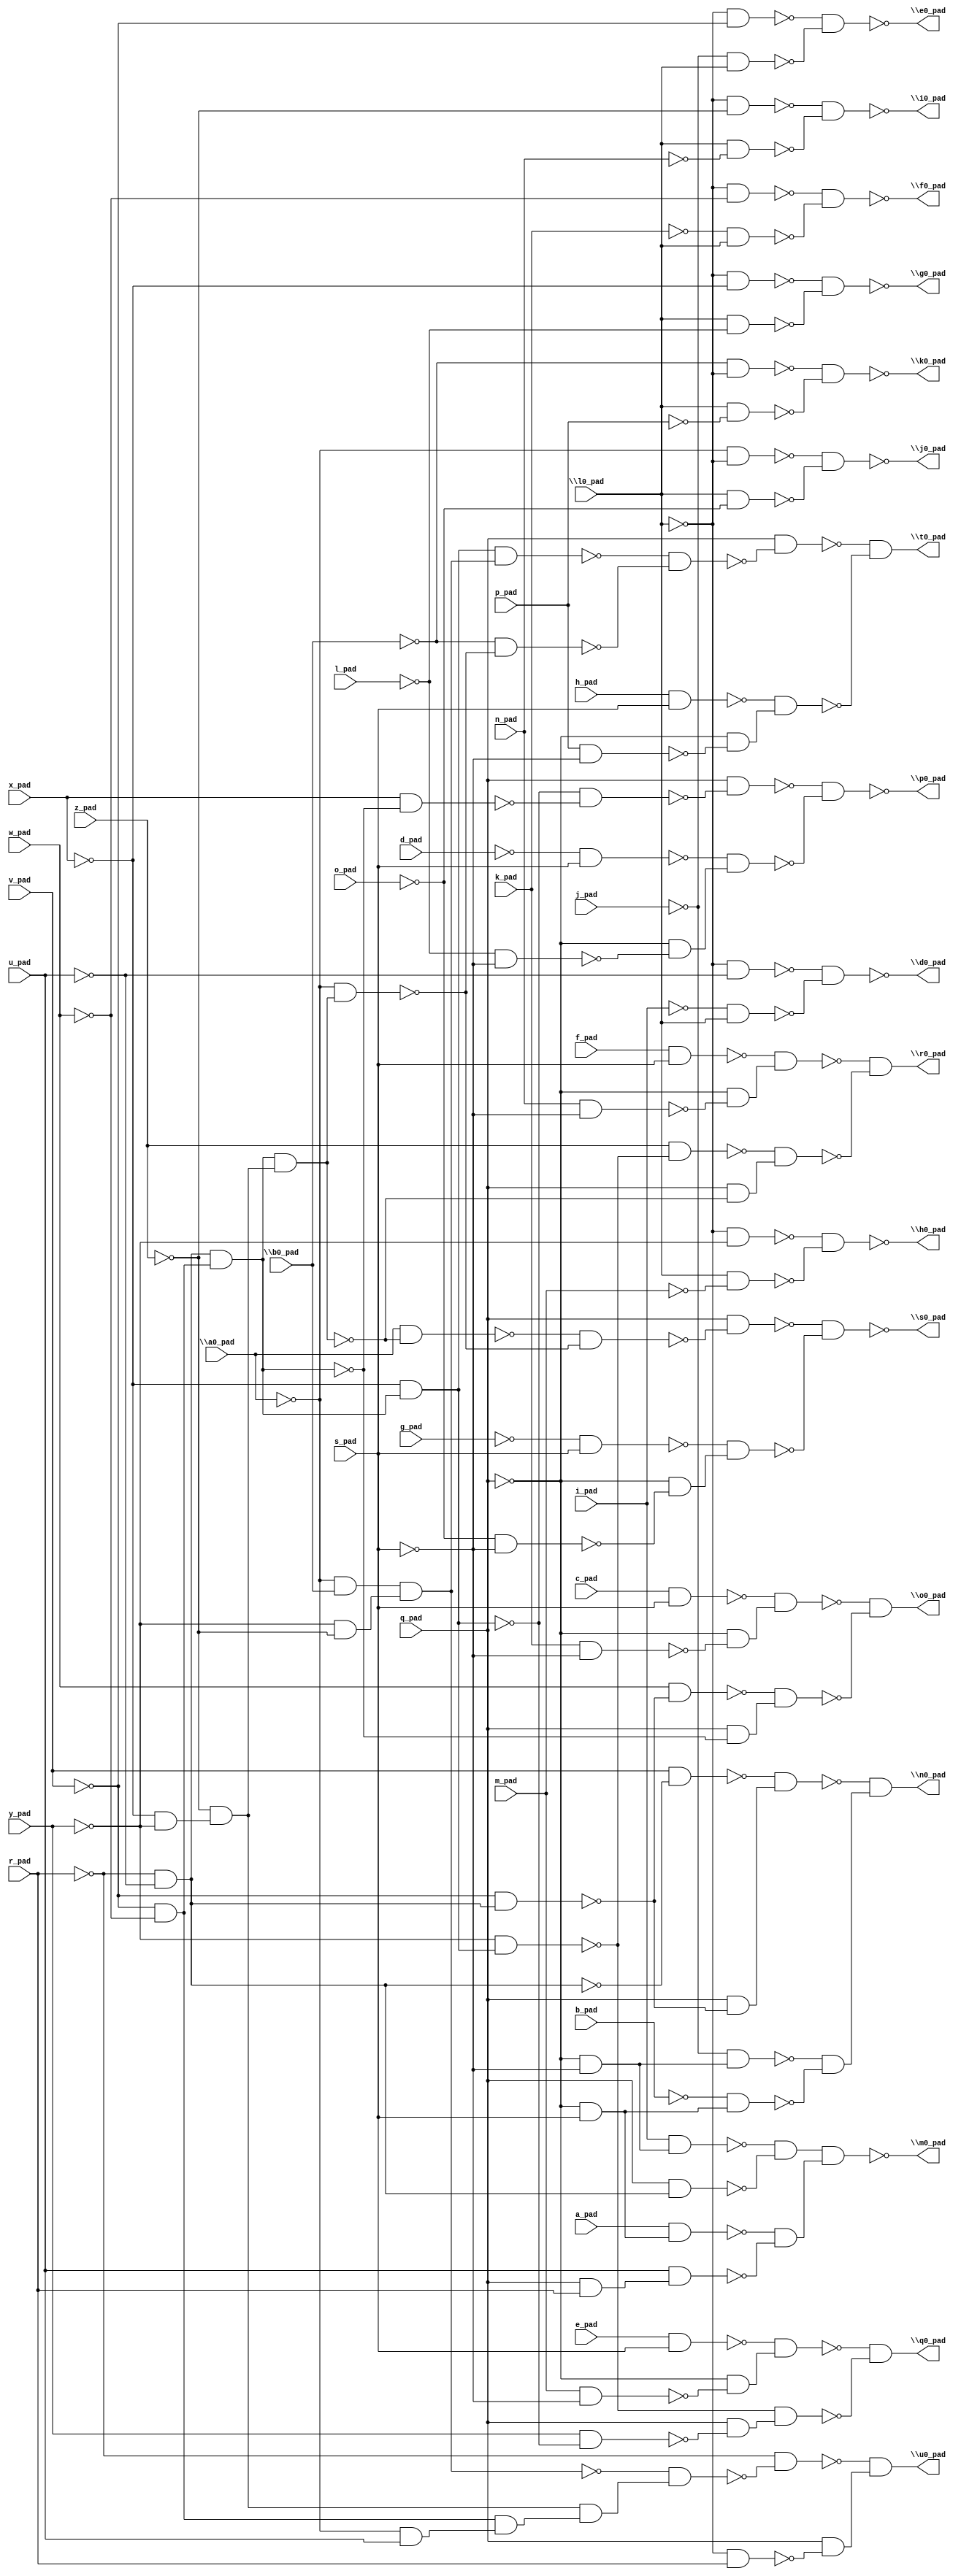
module top( \a0_pad  , a_pad , \b0_pad  , b_pad , c_pad , d_pad , e_pad , f_pad , g_pad , h_pad , i_pad , j_pad , k_pad , \l0_pad  , l_pad , m_pad , n_pad , o_pad , p_pad , q_pad , r_pad , s_pad , u_pad , v_pad , w_pad , x_pad , y_pad , z_pad , \d0_pad  , \e0_pad  , \f0_pad  , \g0_pad  , \h0_pad  , \i0_pad  , \j0_pad  , \k0_pad  , \m0_pad  , \n0_pad  , \o0_pad  , \p0_pad  , \q0_pad  , \r0_pad  , \s0_pad  , \t0_pad  , \u0_pad  );
  input \a0_pad  ;
  input a_pad ;
  input \b0_pad  ;
  input b_pad ;
  input c_pad ;
  input d_pad ;
  input e_pad ;
  input f_pad ;
  input g_pad ;
  input h_pad ;
  input i_pad ;
  input j_pad ;
  input k_pad ;
  input \l0_pad  ;
  input l_pad ;
  input m_pad ;
  input n_pad ;
  input o_pad ;
  input p_pad ;
  input q_pad ;
  input r_pad ;
  input s_pad ;
  input u_pad ;
  input v_pad ;
  input w_pad ;
  input x_pad ;
  input y_pad ;
  input z_pad ;
  output \d0_pad  ;
  output \e0_pad  ;
  output \f0_pad  ;
  output \g0_pad  ;
  output \h0_pad  ;
  output \i0_pad  ;
  output \j0_pad  ;
  output \k0_pad  ;
  output \m0_pad  ;
  output \n0_pad  ;
  output \o0_pad  ;
  output \p0_pad  ;
  output \q0_pad  ;
  output \r0_pad  ;
  output \s0_pad  ;
  output \t0_pad  ;
  output \u0_pad  ;
  wire n29 , n30 , n31 , n32 , n33 , n34 , n35 , n36 , n37 , n38 , n39 , n40 , n41 , n42 , n43 , n44 , n45 , n46 , n47 , n48 , n49 , n50 , n51 , n52 , n53 , n54 , n55 , n56 , n57 , n58 , n59 , n60 , n61 , n62 , n63 , n64 , n65 , n66 , n67 , n68 , n69 , n70 , n71 , n72 , n73 , n74 , n75 , n76 , n77 , n78 , n79 , n80 , n81 , n82 , n83 , n84 , n85 , n86 , n87 , n88 , n89 , n90 , n91 , n92 , n93 , n94 , n95 , n96 , n97 , n98 , n99 , n100 , n101 , n102 , n103 , n104 , n105 , n106 , n107 , n108 , n109 , n110 , n111 , n112 , n113 , n114 , n115 , n116 , n117 , n118 , n119 , n120 , n121 , n122 , n123 , n124 , n125 , n126 , n127 , n128 , n129 , n130 , n131 , n132 , n133 , n134 , n135 , n136 , n137 , n138 , n139 ;
  assign n29 = ~\l0_pad  & ~u_pad ;
  assign n30 = ~i_pad & \l0_pad  ;
  assign n31 = ~n29 & ~n30 ;
  assign n32 = ~\l0_pad  & ~v_pad ;
  assign n33 = ~j_pad & \l0_pad  ;
  assign n34 = ~n32 & ~n33 ;
  assign n35 = ~\l0_pad  & ~w_pad ;
  assign n36 = ~k_pad & \l0_pad  ;
  assign n37 = ~n35 & ~n36 ;
  assign n38 = ~\l0_pad  & ~x_pad ;
  assign n39 = \l0_pad  & ~l_pad ;
  assign n40 = ~n38 & ~n39 ;
  assign n41 = ~\l0_pad  & ~y_pad ;
  assign n42 = \l0_pad  & ~m_pad ;
  assign n43 = ~n41 & ~n42 ;
  assign n44 = ~\l0_pad  & ~z_pad ;
  assign n45 = \l0_pad  & ~n_pad ;
  assign n46 = ~n44 & ~n45 ;
  assign n47 = ~\a0_pad  & ~\l0_pad  ;
  assign n48 = \l0_pad  & ~o_pad ;
  assign n49 = ~n47 & ~n48 ;
  assign n50 = ~\b0_pad  & ~\l0_pad  ;
  assign n51 = \l0_pad  & ~p_pad ;
  assign n52 = ~n50 & ~n51 ;
  assign n53 = ~q_pad & ~s_pad ;
  assign n54 = i_pad & n53 ;
  assign n55 = ~r_pad & ~u_pad ;
  assign n56 = q_pad & n55 ;
  assign n61 = ~n54 & ~n56 ;
  assign n57 = ~q_pad & s_pad ;
  assign n58 = a_pad & n57 ;
  assign n59 = q_pad & r_pad ;
  assign n60 = u_pad & n59 ;
  assign n62 = ~n58 & ~n60 ;
  assign n63 = n61 & n62 ;
  assign n67 = v_pad & ~n55 ;
  assign n66 = ~v_pad & n55 ;
  assign n68 = q_pad & ~n66 ;
  assign n69 = ~n67 & n68 ;
  assign n64 = ~j_pad & n53 ;
  assign n65 = ~b_pad & n57 ;
  assign n70 = ~n64 & ~n65 ;
  assign n71 = ~n69 & n70 ;
  assign n73 = c_pad & s_pad ;
  assign n72 = k_pad & ~s_pad ;
  assign n74 = ~q_pad & ~n72 ;
  assign n75 = ~n73 & n74 ;
  assign n76 = w_pad & ~n66 ;
  assign n77 = ~v_pad & ~w_pad ;
  assign n78 = n55 & n77 ;
  assign n79 = q_pad & ~n78 ;
  assign n80 = ~n76 & n79 ;
  assign n81 = ~n75 & ~n80 ;
  assign n82 = ~x_pad & n78 ;
  assign n83 = x_pad & ~n78 ;
  assign n84 = ~n82 & ~n83 ;
  assign n85 = q_pad & ~n84 ;
  assign n87 = ~d_pad & s_pad ;
  assign n86 = ~l_pad & ~s_pad ;
  assign n88 = ~q_pad & ~n86 ;
  assign n89 = ~n87 & n88 ;
  assign n90 = ~n85 & ~n89 ;
  assign n92 = e_pad & s_pad ;
  assign n91 = m_pad & ~s_pad ;
  assign n93 = ~q_pad & ~n91 ;
  assign n94 = ~n92 & n93 ;
  assign n96 = ~y_pad & n82 ;
  assign n95 = y_pad & ~n82 ;
  assign n97 = q_pad & ~n95 ;
  assign n98 = ~n96 & n97 ;
  assign n99 = ~n94 & ~n98 ;
  assign n101 = f_pad & s_pad ;
  assign n100 = n_pad & ~s_pad ;
  assign n102 = ~q_pad & ~n100 ;
  assign n103 = ~n101 & n102 ;
  assign n104 = z_pad & ~n96 ;
  assign n105 = ~x_pad & ~y_pad ;
  assign n106 = ~z_pad & n105 ;
  assign n107 = n78 & n106 ;
  assign n108 = q_pad & ~n107 ;
  assign n109 = ~n104 & n108 ;
  assign n110 = ~n103 & ~n109 ;
  assign n111 = \a0_pad  & ~n107 ;
  assign n112 = ~\a0_pad  & n107 ;
  assign n113 = ~n111 & ~n112 ;
  assign n114 = q_pad & ~n113 ;
  assign n116 = ~g_pad & s_pad ;
  assign n115 = ~o_pad & ~s_pad ;
  assign n117 = ~q_pad & ~n115 ;
  assign n118 = ~n116 & n117 ;
  assign n119 = ~n114 & ~n118 ;
  assign n120 = ~\a0_pad  & \b0_pad  ;
  assign n121 = ~y_pad & ~z_pad ;
  assign n122 = n120 & n121 ;
  assign n123 = n82 & n122 ;
  assign n124 = ~\b0_pad  & ~n112 ;
  assign n125 = ~n123 & ~n124 ;
  assign n126 = q_pad & ~n125 ;
  assign n128 = h_pad & s_pad ;
  assign n127 = p_pad & ~s_pad ;
  assign n129 = ~q_pad & ~n127 ;
  assign n130 = ~n128 & n129 ;
  assign n131 = ~n126 & ~n130 ;
  assign n133 = ~\a0_pad  & u_pad ;
  assign n134 = n77 & n133 ;
  assign n135 = n106 & n134 ;
  assign n136 = ~n122 & n135 ;
  assign n137 = ~r_pad & ~n136 ;
  assign n132 = ~\l0_pad  & r_pad ;
  assign n138 = q_pad & ~n132 ;
  assign n139 = ~n137 & n138 ;
  assign \d0_pad  = ~n31 ;
  assign \e0_pad  = ~n34 ;
  assign \f0_pad  = ~n37 ;
  assign \g0_pad  = ~n40 ;
  assign \h0_pad  = ~n43 ;
  assign \i0_pad  = ~n46 ;
  assign \j0_pad  = ~n49 ;
  assign \k0_pad  = ~n52 ;
  assign \m0_pad  = ~n63 ;
  assign \n0_pad  = n71 ;
  assign \o0_pad  = n81 ;
  assign \p0_pad  = ~n90 ;
  assign \q0_pad  = n99 ;
  assign \r0_pad  = n110 ;
  assign \s0_pad  = ~n119 ;
  assign \t0_pad  = n131 ;
  assign \u0_pad  = n139 ;
endmodule